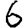
Digit: 6